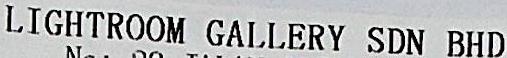
LIGHTROOM GALLERY SDN BHD